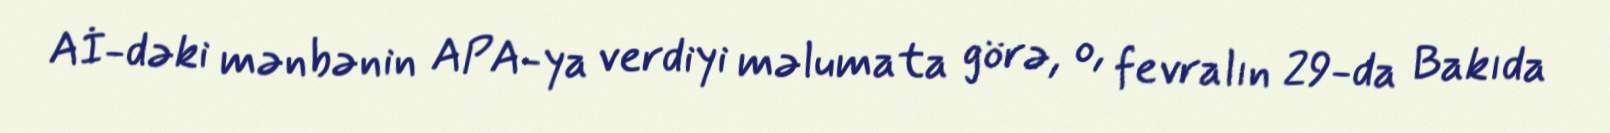
Aİ-dəki mənbənin APA-ya verdiyi məlumata görə, o, fevralın 29-da Bakıda